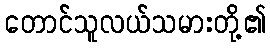
တောင်သူလယ်သမားတို့၏